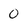
Character: 0